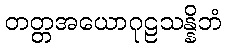
တတ္တအယောဂုဠသန္နိဘံ